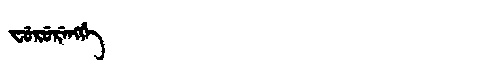
Manchu: ᠸᡠᡵᡠᡵᡝᠩᡤᡝ
Romanization: FURURENGGE